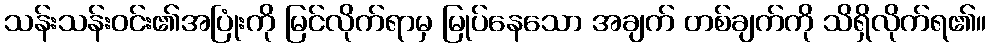
သန်းသန်းဝင်း၏အပြုံးကို မြင်လိုက်ရာမှ မြုပ်နေသော အချက် တစ်ချက်ကို သိရှိလိုက်ရ၏။